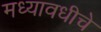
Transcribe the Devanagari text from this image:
मध्यावधीचे